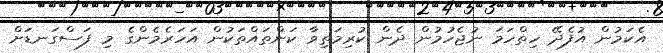
އެކަމުން އުފެދޭ ހިތްހަމަ ނުޖެހުމުން ދެން ކުރިމަތިވާ ކަންތައްތަކުން އަހަރެމެންގެ މި ފަސްގަނޑަށް